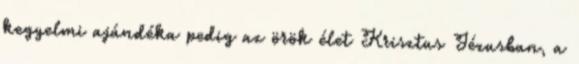
kegyelmi ajándéka pedig az örök élet Krisztus Jézusban, a